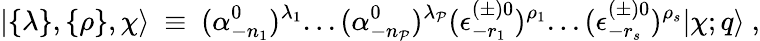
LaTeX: \vert\{ \lambda\} ,\{ \rho\} ,\chi\rangle{}~\equiv{}~(\alpha_{-{n_{1}}}^{0})^{\lambda_{1}}...(\alpha_{-{n_{\mathcal{P}}}}^{0})^{\lambda_{\mathcal{P}}}(\epsilon_{-r_{1}}^{(\pm)0})^{\rho_{1}}...(\epsilon_{-r_{s}}^{(\pm)0})^{\rho_{s}}\vert\chi;q\rangle{}~,